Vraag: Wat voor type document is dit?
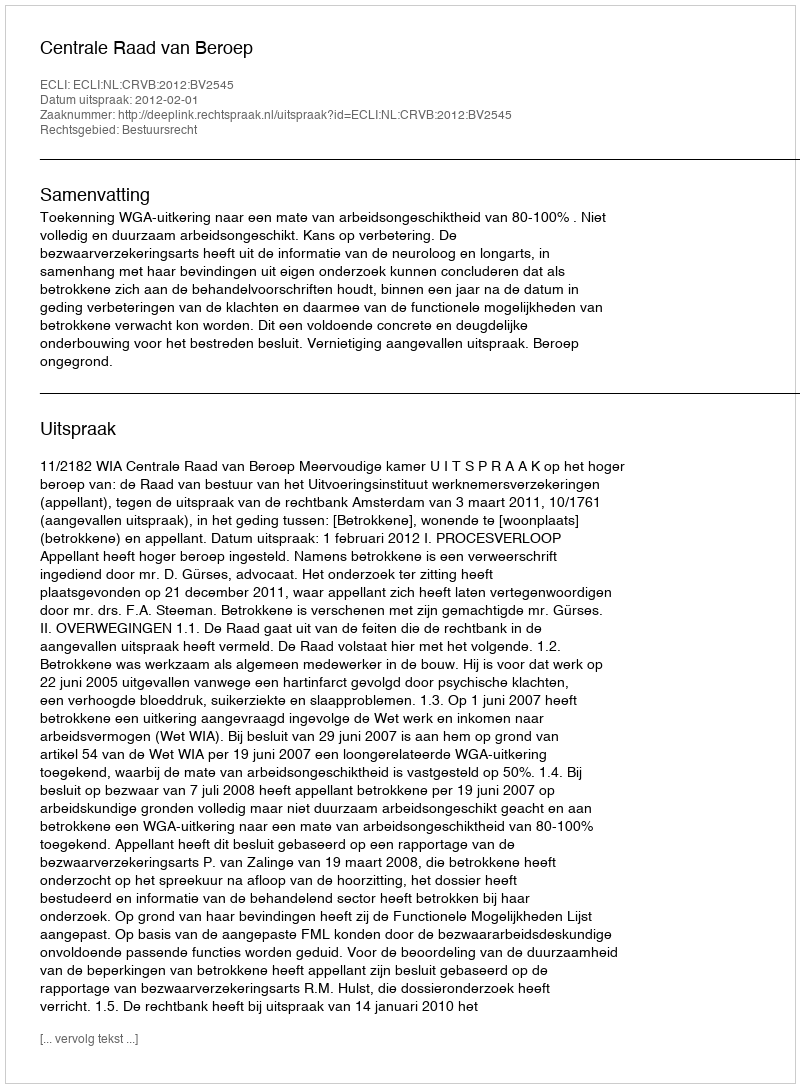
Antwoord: Uitspraak